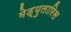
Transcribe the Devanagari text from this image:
मेड्युलारिस